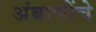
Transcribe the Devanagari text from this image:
अंबाणींचे